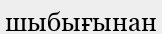
шыбығынан